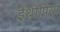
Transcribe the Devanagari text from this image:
ईथोपिया